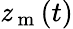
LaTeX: \mathit{z}_{\mathrm{{~m~}}}(t)